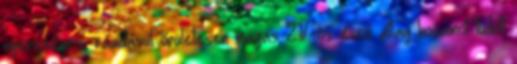
nyereséges, ráadásul őrületesen magas 21%-os éves átlag hozamot tudott